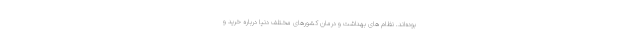
بوده‌اند. نظام های بهداشت و درمان کشورهای مختلف دنیا درباره خرید و